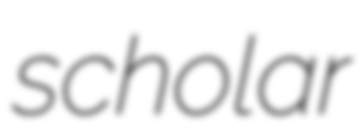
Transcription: scholar